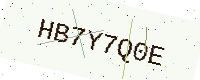
Text: HB7Y7Q0E